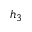
h _ { 3 }